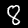
Label: 8